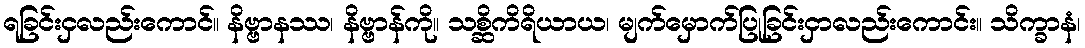
ရခြင်းငှလည်းကောင်။ နိဗ္ဗာနဿ၊ နိဗ္ဗာန်ကို။ သစ္ဆိကိရိယာယ၊ မျက်မှောက်ပြုခြင်းငှာလည်းကောင်း။ သိက္ခာနံ၊